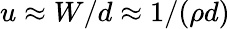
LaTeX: u\approx W/d\approx 1/(\rho d)